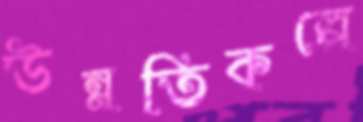
উন্নতিকল্পে